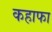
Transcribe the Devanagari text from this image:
कहाफा